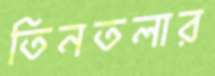
তিনতলার